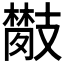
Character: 𢻦